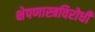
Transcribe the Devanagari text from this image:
क्षेपणास्त्रविरोधी